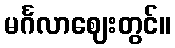
မင်္ဂလာဈေးတွင်။